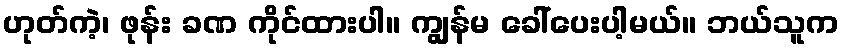
ဟုတ်ကဲ့၊ ဖုန်း ခဏ ကိုင်ထားပါ။ ကျွန်မ ခေါ်ပေးပါ့မယ်။ ဘယ်သူက